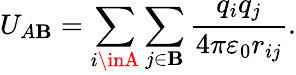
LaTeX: U_{A\mathbf{B}}=\sum_{i\inA}\sum_{j\in\mathbf{B}}{\frac{{q_{i}q_{j}}}{{4\pi\varepsilon_{0}r_{ij}}}}.